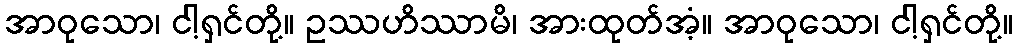
အာဝုသော၊ ငါ့ရှင်တို့။ ဥဿဟိဿာမိ၊ အားထုတ်အံ့။ အာဝုသော၊ ငါ့ရှင်တို့။